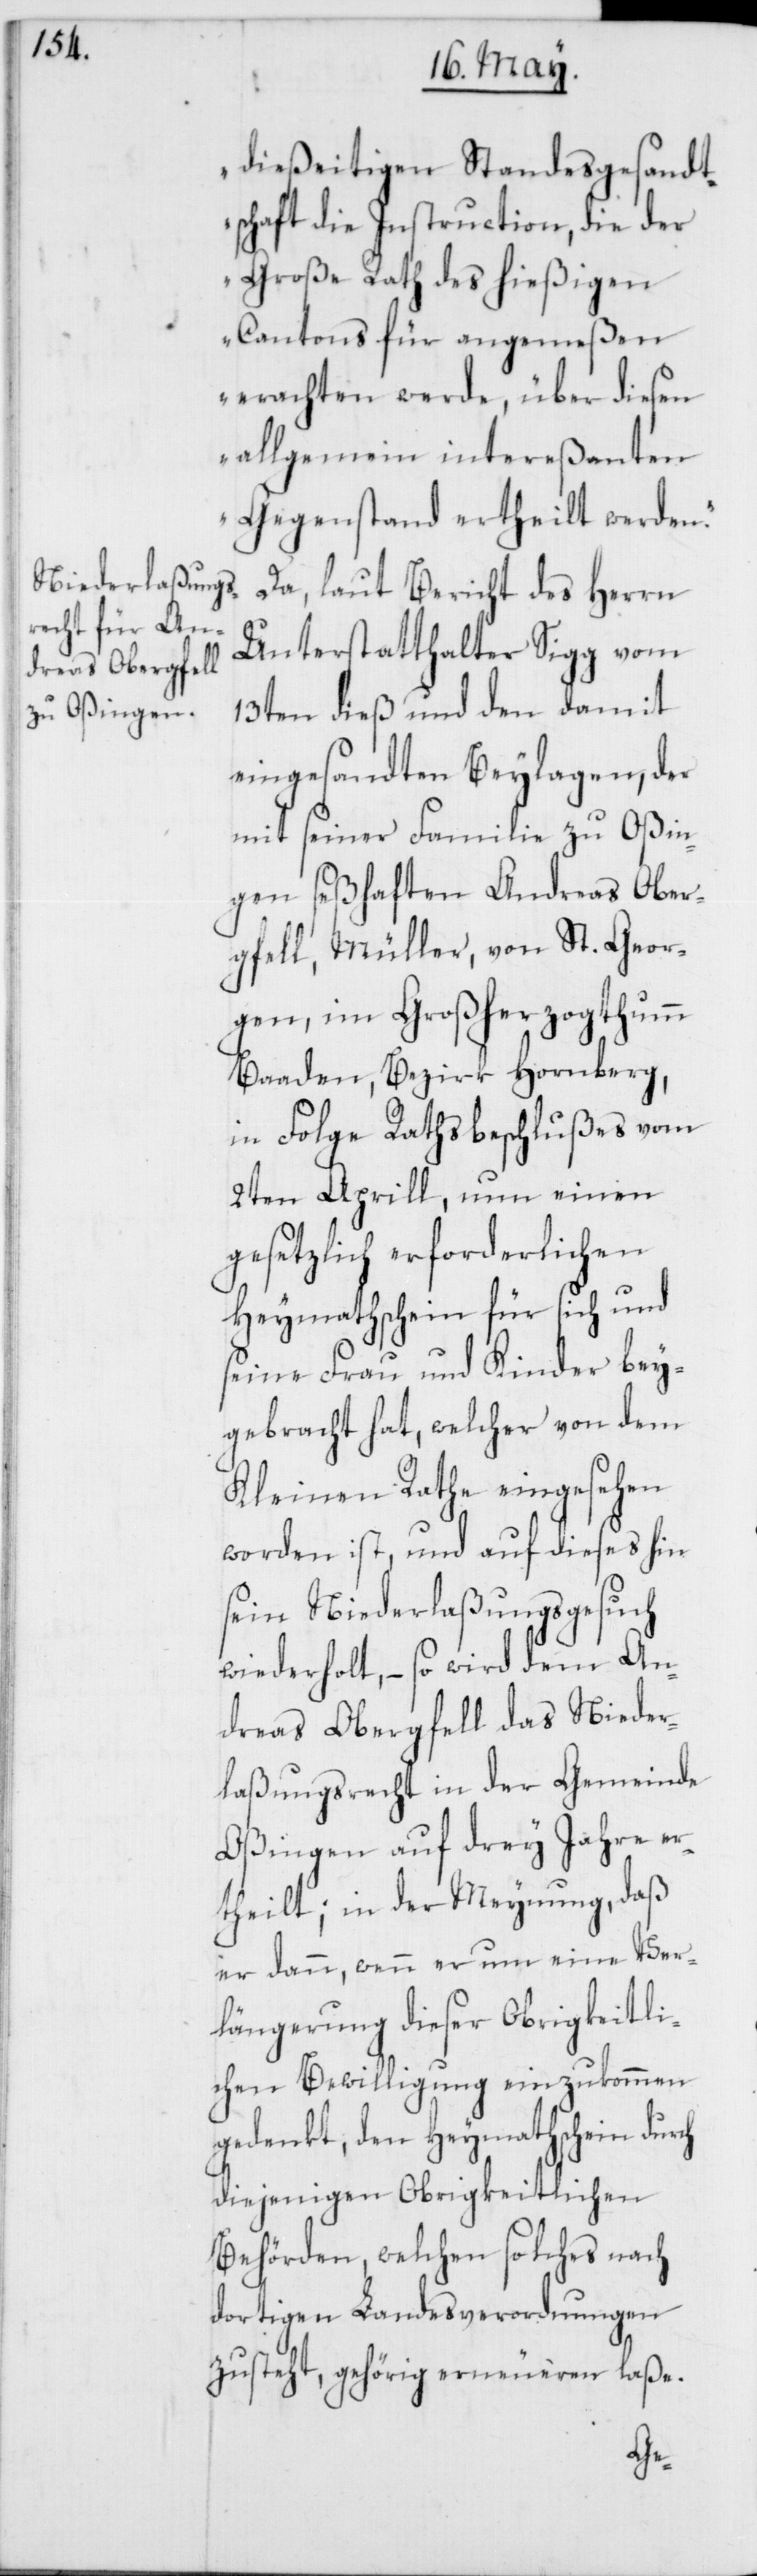
dießeitigen Standesgesandt¬
schaft die Instruction, die der
Große Rath des hießigen
Cantons für angemeßen
erachten werde, über diesen
allgemein intereßanten
Gegenstand ertheilt werden.“
Da, laut Bericht des Herrn
Unterstatthalter Sigg vom
13ten dieß und den damit
eingesandten Beylagen, der
mit seiner Familie zu Oßingen
gfell, Müller von St. Geor¬
gen, im Großherzogtumm
Baaden, Bezirk Hornberg,
in Folge Rathsbeschlußes vom
2ten Aprill, um einen
gesetzlich erforderlichen
Heymathschein für sich und
seine Frau und Kinder bey¬
gebracht hat, welcher von dem
Kleinen Rathe eingesehen
worden ist, und auf dieses hin
sein Niederlaßungsgesuch
wiederholt, – so wird dem An¬
dreas Obergfell das Nieder¬
laßungsrecht in der Gemeinde
Oßingen auf drey Jahre er¬
theilt; in der Meynung, daß
er dann, wenn er um eine Ver¬
längerung dieser Obrigkeitli¬
chen Bewilligung einzukommen
gedenkt, den Heymathschein durch
diejenigen Obrigkeitlichen
Behörden, welchen solches nach
dortigen Landesverordnungen
zusteht, gehörig erneueren laße.
Ober¬